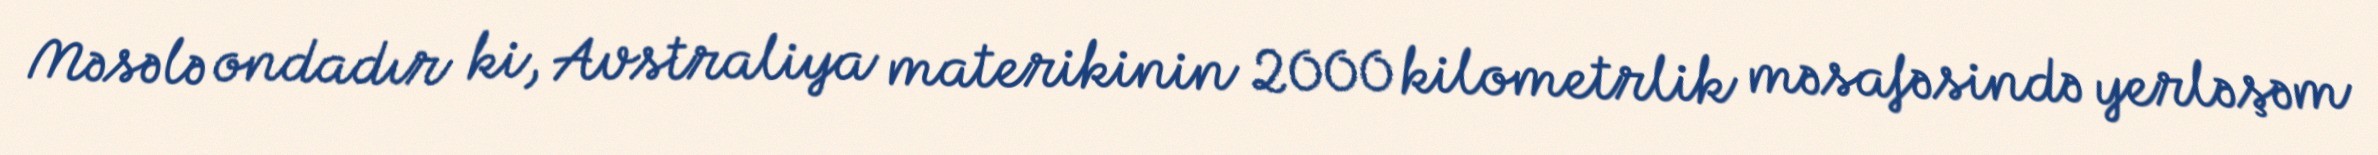
Məsələ ondadır ki, Avstraliya materikinin 2000 kilometrlik məsafəsində yerləşəm